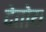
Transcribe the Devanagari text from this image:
देतोय